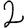
Digit: 2